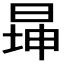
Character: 𬀾